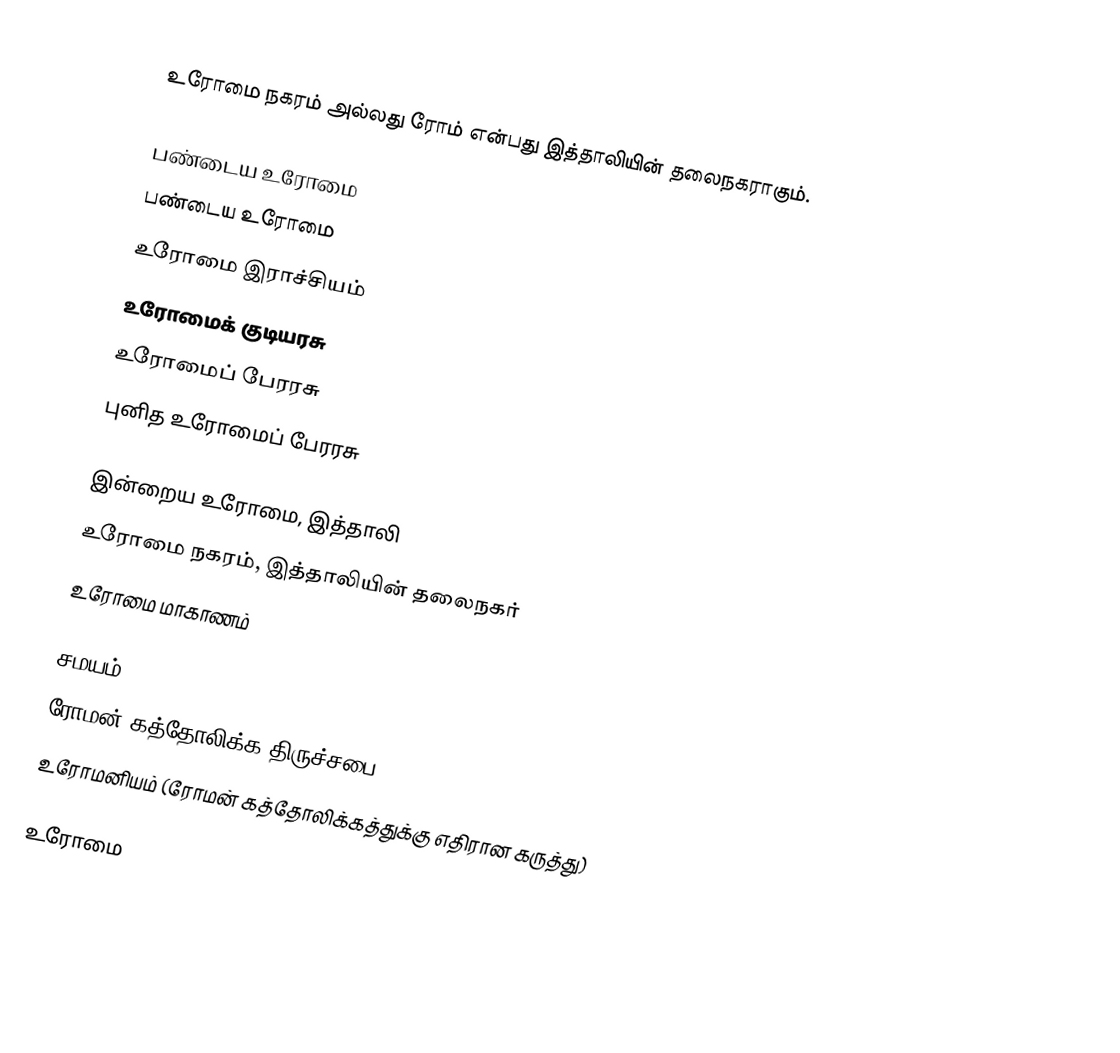
உரோமை நகரம் அல்லது ரோம் என்பது இத்தாலியின் தலைநகராகும்.

பண்டைய உரோமை
 பண்டைய உரோமை
 உரோமை இராச்சியம்
 உரோமைக் குடியரசு
 உரோமைப் பேரரசு
 புனித உரோமைப் பேரரசு

இன்றைய உரோமை, இத்தாலி
 உரோமை நகரம், இத்தாலியின் தலைநகர்
 உரோமை மாகாணம்

சமயம்
 ரோமன் கத்தோலிக்க திருச்சபை
 உரோமனியம் (ரோமன் கத்தோலிக்கத்துக்கு எதிரான கருத்து)

உரோமை